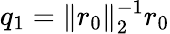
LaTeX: q_{1}=\| r_{0}\| _{2}^{-1}r_{0}